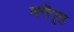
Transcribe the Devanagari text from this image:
दरीगृह